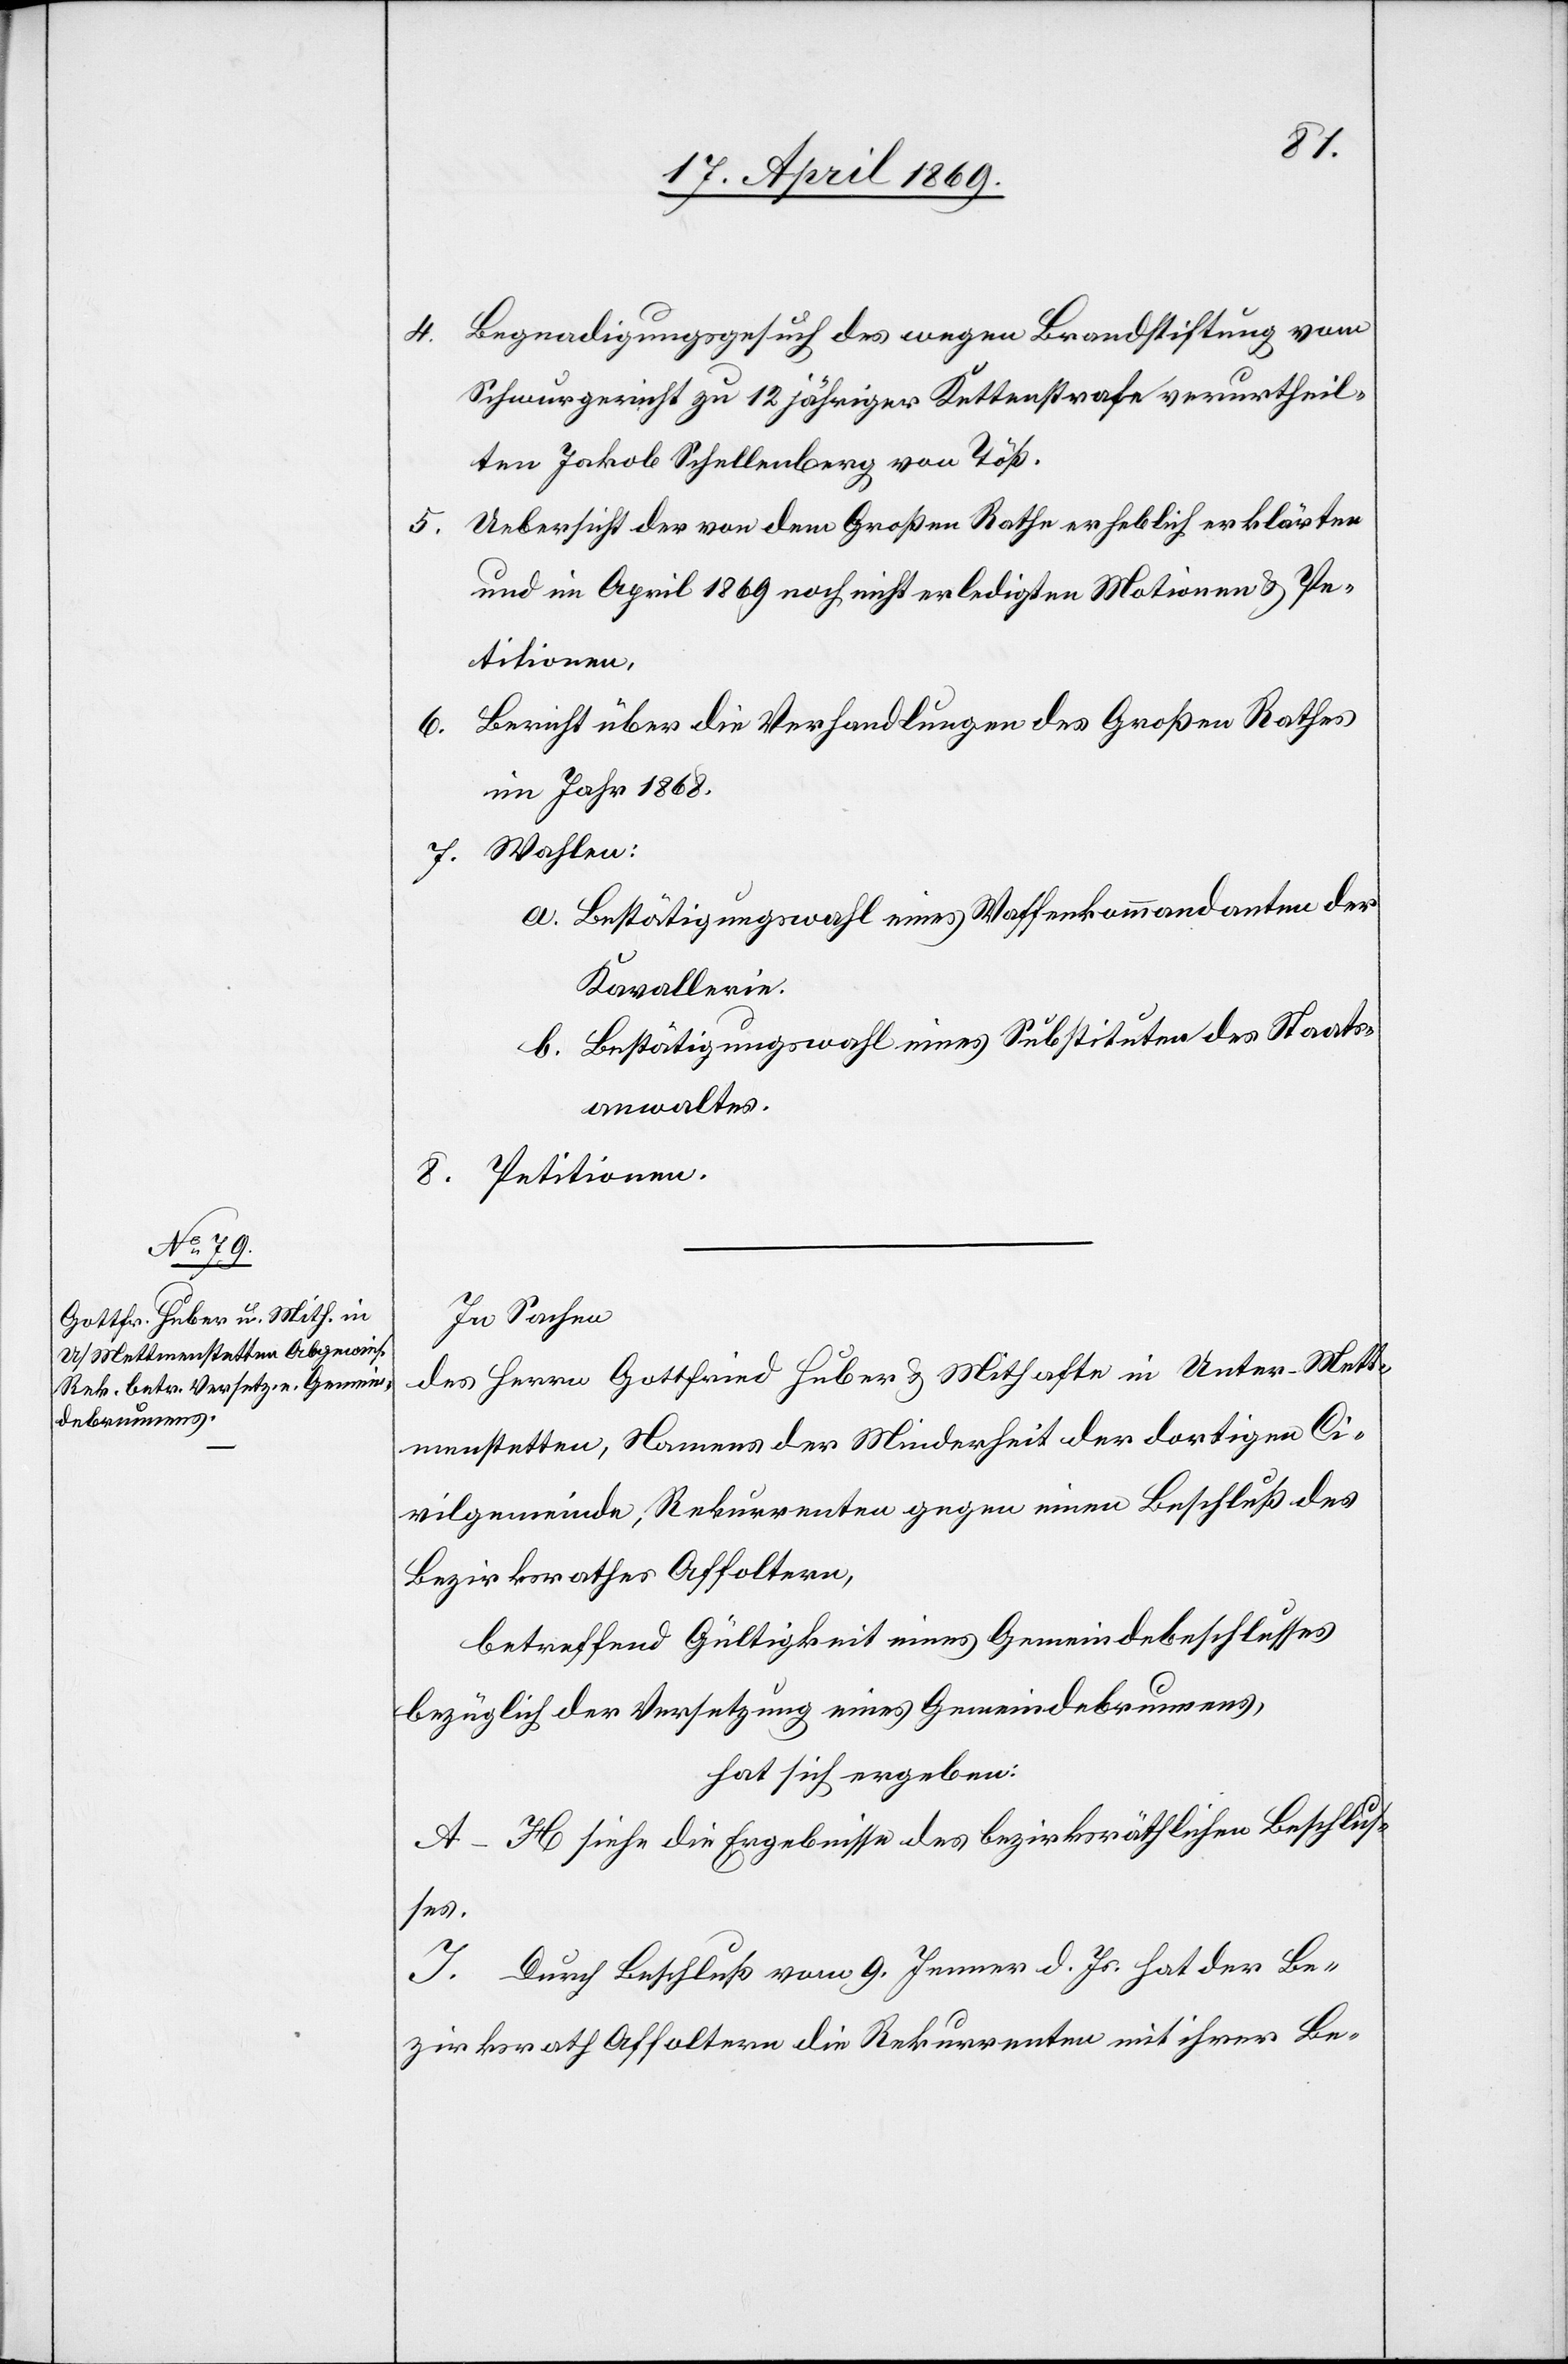
4. Begnadigungsgesuch des wegen Brandstiftung vom
Schwurgericht zu 12 jähriger Kettenstrafe verurtheil¬
ten Jakob Schellenberg von Töß.
5. Uebersicht der von dem Großen Rathe erheblich erklärten
und im April 1869 noch nicht erledigten Motionen u. Pe¬
titionen.
6. Bericht über die Verhandlungen des Großen Rathes
im Jahr 1868.
7. Wahlen:
a. Bestätigungswahl eines Waffenkommandanten der
Kavallerie.
b. Bestätigungswahl eines Substituten des Staats¬
anwaltes.
8. Petitionen.
In Sachen,
des Herren Gottfried Huber u. Mithafte in Unter-Mett¬
menstetten, Namens der Minderheit der dortigen Ci¬
vilgemeinde, Rekurrenten gegen einen Beschluß des
Bezirksrathes Affoltern,
betreffend Gültigkeit eines Gemeindebeschlusses
bezüglich der Versetzung eines Gemeindebrunnens,
hat sich ergeben:
A–H siehe die Ergebnisse des bezirksräthlichen Beschlus¬
ses.
J. Durch Beschluß vom 9. Jenner d. Js. hat der Be¬
zirksrath Affoltern die Rekurrenten mit ihrer Be-